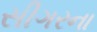
સીગરના